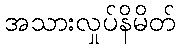
အသားလှုပ်နိမိတ်